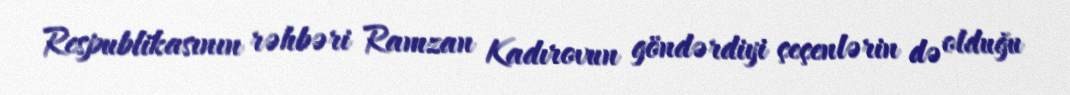
Respublikasının rəhbəri Ramzan Kadırovun göndərdiyi çeçenlərin də olduğu